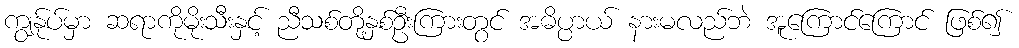
ကျွန်ုပ်မှာ ဆရာကိုမိုးသီးနှင့် ညီသစ်တို့နှစ်ဦးကြားတွင် အဓိပ္ပာယ် နားမလည်ဘဲ အူကြောင်ကြောင် ဖြစ်၍